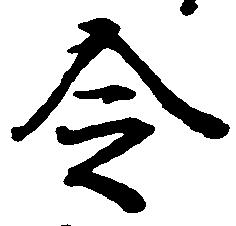
令